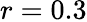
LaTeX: r=0.3